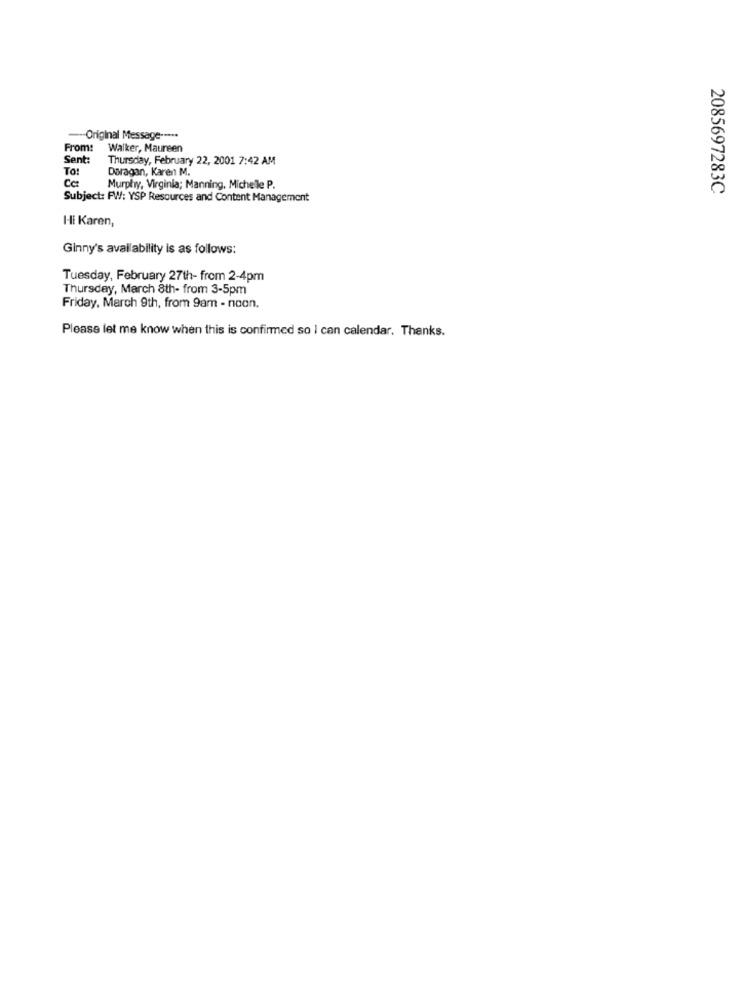
--- Original Message --...
From: Walker, Maureen
Sent:
Thursday, February 22, 2001 7:42 AM
To:
Døragan, Karen M.
Murphy, Virginia; Manning, Michele P.
2085697283C
Subject: FW: YSP Resources and Content Management
Hi Karen,
Ginny's availability is as follows:
Tuesday, February 27th- from 2-4pm
Thursday, March 8th- from 3-5pm
Friday, March 9th, from 9am - noon.
Please let me know when this is confirmed so I can calendar. Thanks.